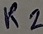
Text: R2